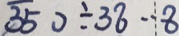
\overline { 3 5 } 0 \div 3 8 \cdot 8